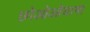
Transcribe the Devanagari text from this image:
छोओओयामा